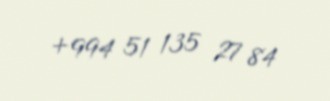
+994 51 135 27 84